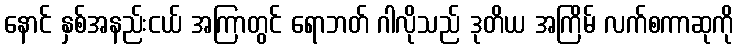
နောင် နှစ်အနည်းငယ် အကြာတွင် ရောဘတ် ဂါလိုသည် ဒုတိယ အကြိမ် လက်စကာဆုကို